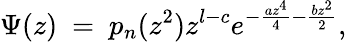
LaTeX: \Psi(z)\ =\ p_{n}(z^{2})z^{l-c}e^{-{\frac{az^{4}}{4}}-{\frac{bz^{2}}{2}}},